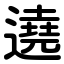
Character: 遶